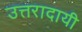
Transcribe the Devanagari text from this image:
उत्तरादायी